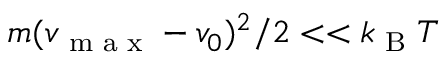
m ( v _ { \textrm { m a x } } - v _ { 0 } ) ^ { 2 } / 2 < < k _ { \textrm { B } } T